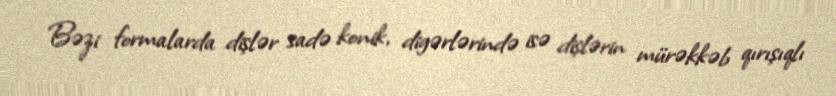
Bəzi formalarda dişlər sadə konik, digərlərində isə dişlərin mürəkkəb qırışıqlı